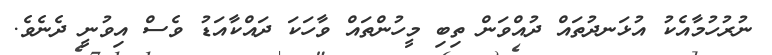
ނުރުހުމާއެކު އުޅަނދުތައް ދުއްވަން ތިބި މީހުންތައް ވާހަކަ ދައްކާއަޑު ވެސް އިވުނީ ދެނެވެ.